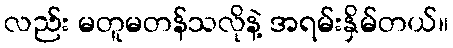
လည်း မတူမတန်သလိုနဲ့ အရမ်းနှိမ်တယ်။